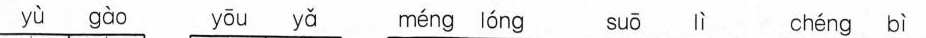
yu gao you ya meng long suo li cheng bi